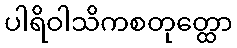
ပါရိဝါသိကစတုတ္ထော